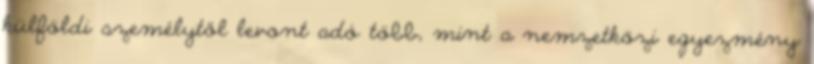
külföldi személytől levont adó több, mint a nemzetközi egyezmény